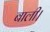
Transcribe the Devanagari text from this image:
बाली।